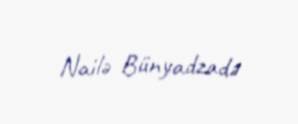
Nailə Bünyadzadə